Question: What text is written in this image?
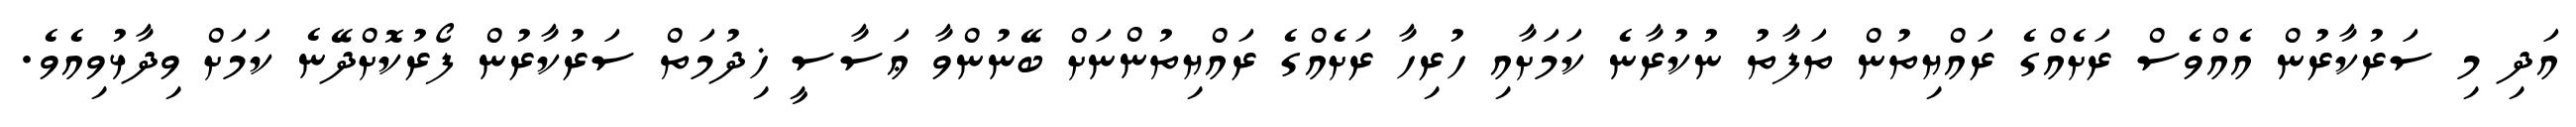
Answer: އަދި މި ސަރުކާރުން އެއްވެސް ރަށެއްގެ ރައްޔިތުން ތަފާތު ނުކުރާނެ ކަމަށާއި ހުރިހާ ރަށެއްގެ ރައްޔިތުންނަށް ބޭނުންވާ ޢަސާސީ ޚިދުމަތް ސަރުކާރުން ފޯރުކޮށްދޭނެ ކަމަށް ވިދާޅުވިއެވެ.